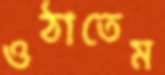
ওঠাতেম